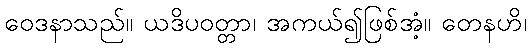
ဝေဒနာသည်။ ယဒိပဝတ္တာ၊ အကယ်၍ဖြစ်အံ့။ တေနဟိ၊